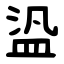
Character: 盕